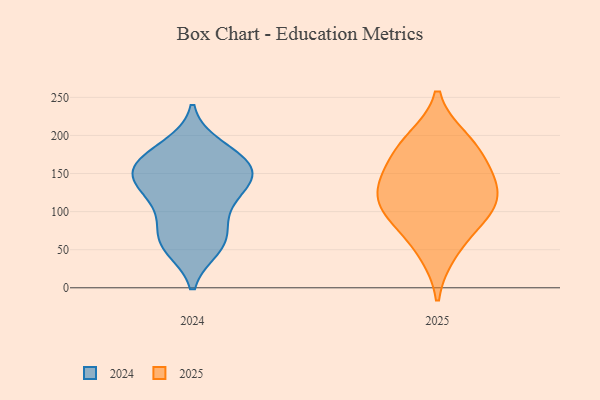
{"axis": {"x": "Temperature (°C)", "y": "Value"}, "legend": ["2024", "2025"], "data": [{"x": "", "y": 123, "type": "2025"}, {"x": "", "y": 188, "type": "2025"}, {"x": "", "y": 46, "type": "2025"}, {"x": "", "y": 100, "type": "2025"}, {"x": "", "y": 195, "type": "2025"}, {"x": "", "y": 84, "type": "2025"}, {"x": "", "y": 132, "type": "2025"}, {"x": "", "y": 105, "type": "2025"}, {"x": "", "y": 146, "type": "2025"}, {"x": "", "y": 164, "type": "2025"}, {"x": "", "y": 139, "type": "2024"}, {"x": "", "y": 56, "type": "2024"}, {"x": "", "y": 68, "type": "2024"}, {"x": "", "y": 61, "type": "2024"}, {"x": "", "y": 149, "type": "2024"}, {"x": "", "y": 141, "type": "2024"}, {"x": "", "y": 171, "type": "2024"}, {"x": "", "y": 53, "type": "2024"}, {"x": "", "y": 177, "type": "2024"}, {"x": "", "y": 152, "type": "2024"}, {"x": "", "y": 94, "type": "2024"}, {"x": "", "y": 148, "type": "2024"}, {"x": "", "y": 118, "type": "2024"}, {"x": "", "y": 161, "type": "2024"}, {"x": "", "y": 185, "type": "2024"}, {"x": "", "y": 112, "type": "2024"}]}